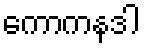
ကောကနဒါ